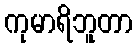
ကုမာရိဘူတာ